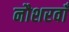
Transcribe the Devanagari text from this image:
नौशरवाँ